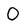
Character: O